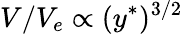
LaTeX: V/V_{e}\propto(y^{\ast})^{3/2}